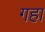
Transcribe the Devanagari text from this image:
गहा